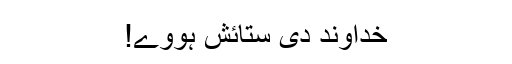
خُداوند دی ستائش ہووے!